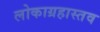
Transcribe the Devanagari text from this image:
लोकाग्रहास्तव